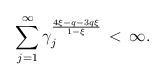
LaTeX: \begin{align*}\sum_{j = 1}^\infty \gamma_j^\frac{4\xi - q - 3q\xi}{1 - \xi} \,<\, \infty.\end{align*}